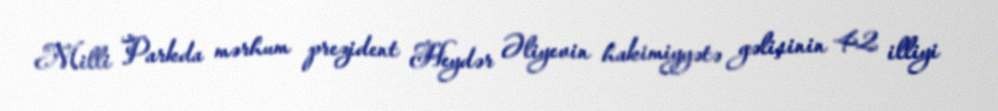
Milli Parkda mərhum prezident Heydər Əliyevin hakimiyyətə gəlişinin 42 illiyi